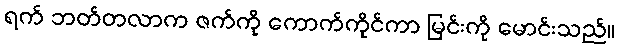
ရက် ဘတ်တလာက ဇက်ကို ကောက်ကိုင်ကာ မြင်းကို မောင်းသည်။